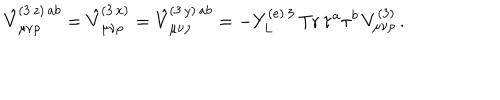
LaTeX: \hat { V } _ { \mu \nu \rho } ^ { ( 3 \, z ) \, a b } = \hat { V } _ { \mu \nu \rho } ^ { ( 3 \, x ) } = \hat { V } _ { \mu \nu \rho } ^ { ( 3 \, y ) \, a b } = - Y _ { L } ^ { ( e ) \, 3 } \, \mathrm { T r } \, \tau ^ { a } \tau ^ { b } \, V _ { \mu \nu \rho } ^ { ( 3 ) } \, .